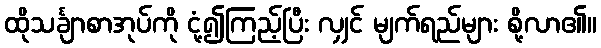
ထိုသင်္ချာစာအုပ်ကို ငုံ့၍ကြည့်ပြီး လျှင် မျက်ရည်များ စို့လာ၏။